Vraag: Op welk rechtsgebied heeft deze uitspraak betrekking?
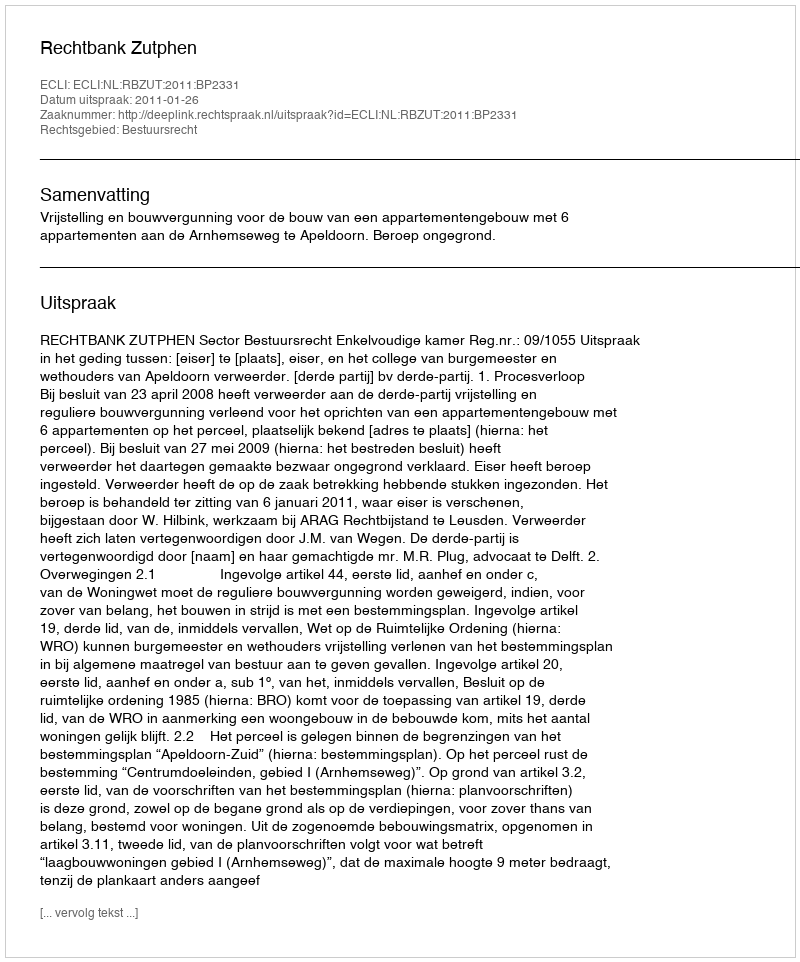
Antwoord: Bestuursrecht